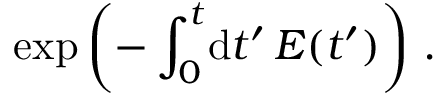
\exp \left( - \int _ { 0 } ^ { t } \! \mathrm { d } t ^ { \prime } \, E ( t ^ { \prime } ) \right) \, .